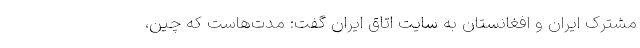
مشترک ایران و افغانستان به سایت اتاق ایران گفت: مدت‌هاست که چین،